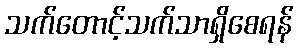
သက်တောင့်သက်သာရှိစေရန်